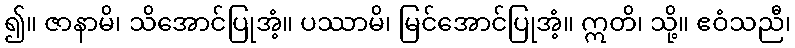
၍။ ဇာနာမိ၊ သိအောင်ပြုအံ့။ ပဿာမိ၊ မြင်အောင်ပြုအံ့။ ဣတိ၊ သို့။ ဧဝံသညီ၊